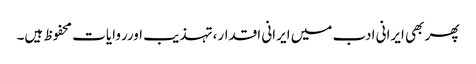
پھر بھی ایرانی ادب میں ایرانی اقدار،تہذیب اورروایات محفوظ ہیں۔